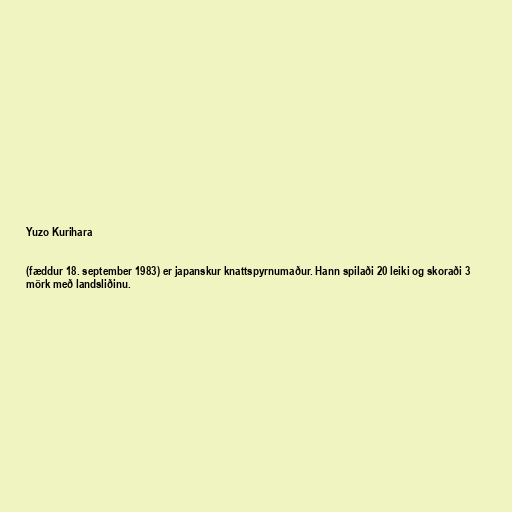
Yuzo Kurihara

(fæddur 18. september 1983) er japanskur knattspyrnumaður. Hann spilaði 20 leiki og skoraði 3
mörk með landsliðinu.